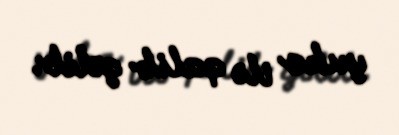
yuko ilə qalib gəlib.